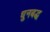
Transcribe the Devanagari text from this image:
धुनबद्ध